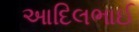
આદિલભાઈ